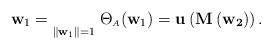
LaTeX: \begin{align*} \mathbf{w}_1 = \underset{\|\mathbf{w}_1\|=1}{} \; \Theta_{\scriptscriptstyle{A}}(\mathbf{w}_1) = \mathbf{u}_{} \left(\mathbf{M \left(\mathbf{w}_2 \right)} \right).\end{align*}